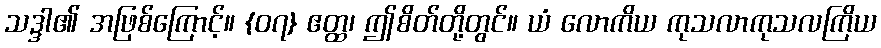
သဒ္ဒါ၏ အဖြစ်ကြောင့်။ {၀၇} ဧတ္ထ၊ ဤစိတ်တို့တွင်။ ယံ လောကိယ ကုသလာကုသလကြိယ